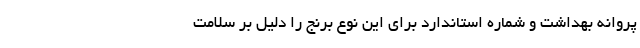
پروانه بهداشت و شماره استاندارد برای این نوع برنج را دلیل بر سلامت